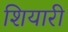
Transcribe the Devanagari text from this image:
शियारी